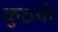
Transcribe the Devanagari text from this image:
कुठची